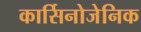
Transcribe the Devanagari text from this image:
कार्सिनोजेनिक